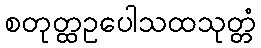
စတုတ္ထဥပေါသထသုတ္တံ